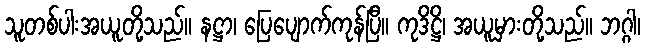
သူတစ်ပါးအယူတို့သည်။ နဋ္ဌာ၊ ပြေပျောက်ကုန်ပြီ။ ကုဒိဋ္ဌိ၊ အယူမှားတို့သည်။ ဘဂ္ဂါ၊